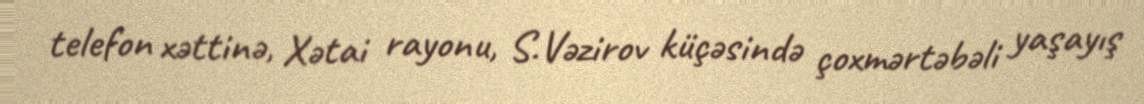
telefon xəttinə, Xətai rayonu, S.Vəzirov küçəsində çoxmərtəbəli yaşayış